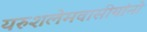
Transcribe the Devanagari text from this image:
यरुशलेमवासीयांनो